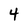
Character: 4